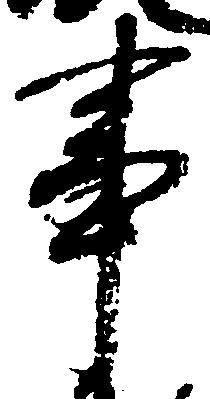
事